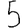
Digit: 5